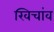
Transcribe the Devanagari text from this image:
खिचांव